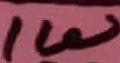
Text: 1W